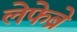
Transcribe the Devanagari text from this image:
लेफेब्रे